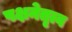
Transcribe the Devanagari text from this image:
पक्षनेतृत्व